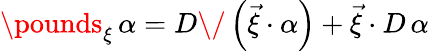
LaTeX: \pounds_{\xi}\, \alpha=D\/ \left(\vec{\xi}\cdot\alpha\right)+\vec{\xi}\cdot D\, \alpha